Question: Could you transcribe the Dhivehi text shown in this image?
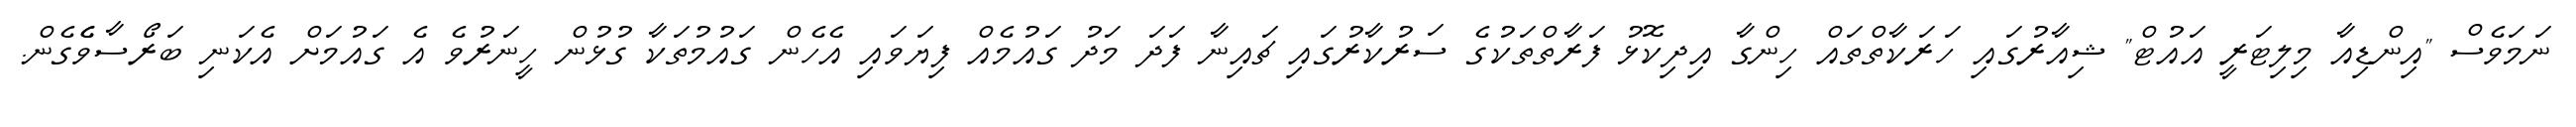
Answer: ނަމަވެސް "އިންޑިއާ މިލިޓަރީ އައުޓް" ޝިއާރުގައި ހަރަކާތްތައް ހިންގާ އިދިކޮޅު ފަރާތްތަކުގެ ސަރުކާރުގައި ޗައިނާ ފަދަ މަދު ގައުމެއް ފިޔަވައި އެހެން ގައުމުތަކާ ގުޅުން ހީނަރުވެ އެ ގައުމަށް އެކަނި ބަރޯސާވެެގެން.